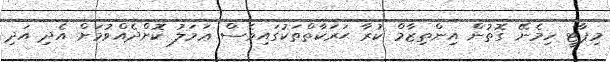
މިޕާޓީ ހިމެނޭ ގޮތުން އިންތިޒާމް ކުރާ ޙަރަކާތްތަކުގައިވެސް ޢަމަލު ކޮށްދެއްވުމަށް އެދި އަދި